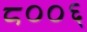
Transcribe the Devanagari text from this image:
८००६